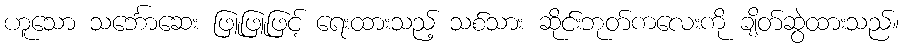
ဟူသော သင်္ဘောဆေး ဖြူဖြူဖြင့် ရေးထားသည့် သစ်သား ဆိုင်းဘုတ်ကလေးကို ချိတ်ဆွဲထားသည်။